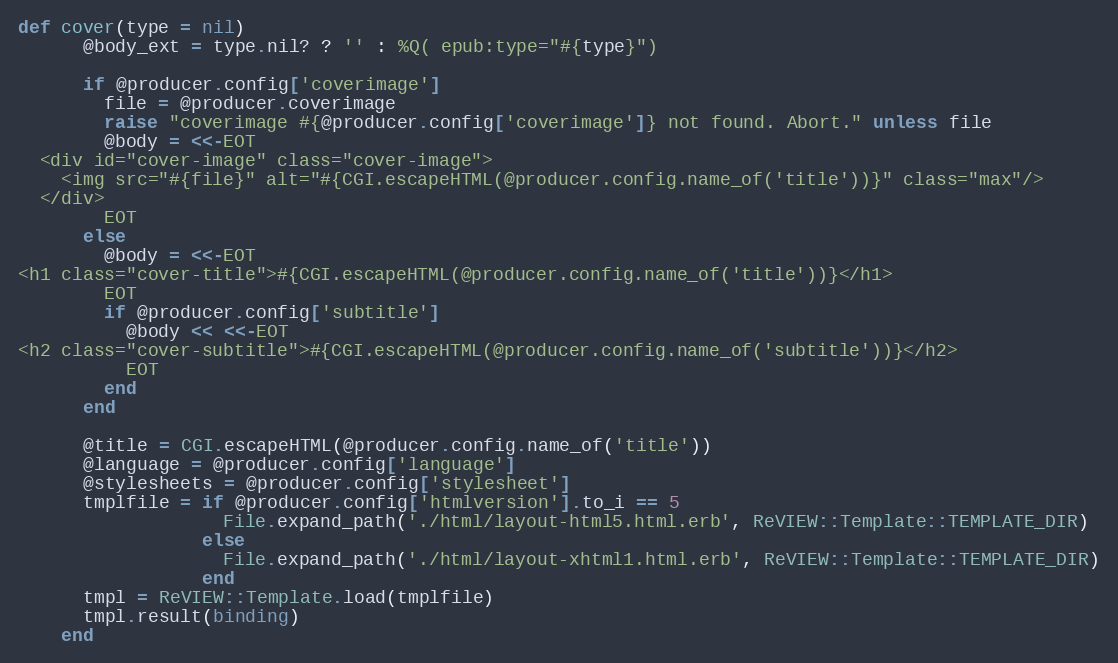
Language: Ruby
def cover(type = nil)
      @body_ext = type.nil? ? '' : %Q( epub:type="#{type}")

      if @producer.config['coverimage']
        file = @producer.coverimage
        raise "coverimage #{@producer.config['coverimage']} not found. Abort." unless file
        @body = <<-EOT
  <div id="cover-image" class="cover-image">
    <img src="#{file}" alt="#{CGI.escapeHTML(@producer.config.name_of('title'))}" class="max"/>
  </div>
        EOT
      else
        @body = <<-EOT
<h1 class="cover-title">#{CGI.escapeHTML(@producer.config.name_of('title'))}</h1>
        EOT
        if @producer.config['subtitle']
          @body << <<-EOT
<h2 class="cover-subtitle">#{CGI.escapeHTML(@producer.config.name_of('subtitle'))}</h2>
          EOT
        end
      end

      @title = CGI.escapeHTML(@producer.config.name_of('title'))
      @language = @producer.config['language']
      @stylesheets = @producer.config['stylesheet']
      tmplfile = if @producer.config['htmlversion'].to_i == 5
                   File.expand_path('./html/layout-html5.html.erb', ReVIEW::Template::TEMPLATE_DIR)
                 else
                   File.expand_path('./html/layout-xhtml1.html.erb', ReVIEW::Template::TEMPLATE_DIR)
                 end
      tmpl = ReVIEW::Template.load(tmplfile)
      tmpl.result(binding)
    end